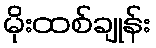
မိုးထစ်ချုန်း